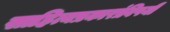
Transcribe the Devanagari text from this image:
साहित्यप्रकारांविषयी